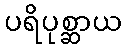
ပရိပုစ္ဆာယ